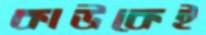
কাউকেই